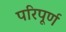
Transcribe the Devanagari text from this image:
परिपूर्ण